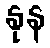
နုန